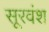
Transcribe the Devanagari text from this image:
सूरवंश